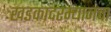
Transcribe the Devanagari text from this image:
खडकांदरम्यानचा